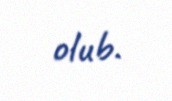
olub.